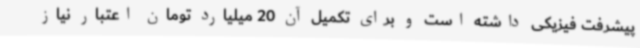
پیشرفت فیزیکی داشته است و برای تکمیل آن 20 میلیارد تومان اعتبار نیاز